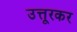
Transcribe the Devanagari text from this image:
उत्तूरकर